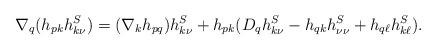
LaTeX: \begin{align*}\nabla_q(h_{pk} h^S_{k\nu}) = (\nabla_k h_{pq}) h^S_{k\nu} + h_{pk} (D_q h^S_{k\nu} -h_{qk} h^S_{\nu \nu} +h_{q \ell} h^S_{k\ell}).\end{align*}